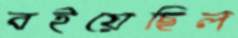
বইয়েছিল